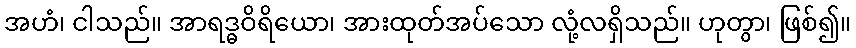
အဟံ၊ ငါသည်။ အာရဒ္ဓဝိရိယော၊ အားထုတ်အပ်သော လုံ့လရှိသည်။ ဟုတွာ၊ ဖြစ်၍။